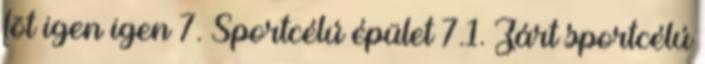
fõt igen igen 7. Sportcélú épület 7.1. Zárt sportcélú